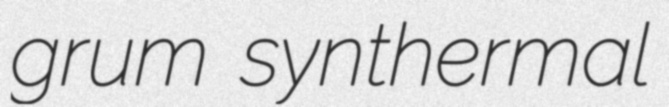
grum synthermal